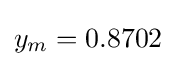
y_{m}=0.8702